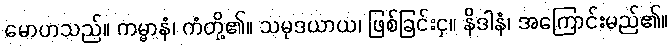
မောဟသည်။ ကမ္မာနံ၊ ကံတို့၏။ သမုဒယာယ၊ ဖြစ်ခြင်းငှ။ နိဒါနံ၊ အကြောင်းမည်၏။